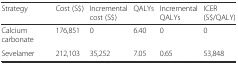
<table><thead><tr><td><b>Strategy</b></td><td><b>Cost (S$)</b></td><td><b>Incremental cost (S$)</b></td><td><b>QALYs</b></td><td><b>Incremental QALYs</b></td><td><b>ICER (S$/QALY)</b></td></tr></thead><tbody><tr><td>Calcium carbonate</td><td>176,851</td><td>0</td><td>6.40</td><td>0</td><td>0</td></tr><tr><td>Sevelamer</td><td>212,103</td><td>35,252</td><td>7.05</td><td>0.65</td><td>53,848</td></tr></tbody></table>